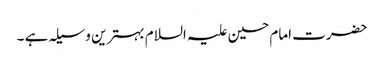
حضرت امام حسین علیہ السلام بہترین وسیلہ ہے ۔